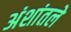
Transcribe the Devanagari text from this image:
अंशांतले